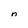
Character: n